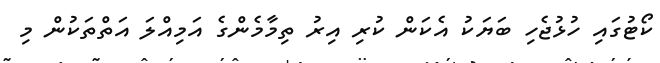
ކޯޓުގައި ހުޅުޖެހި ބަޔަކު އެކަން ކުރި އިރު ތިމާމެންގެ އަމިއްލަ އަތްތަކުން މި